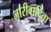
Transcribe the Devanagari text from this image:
नारीवादिता